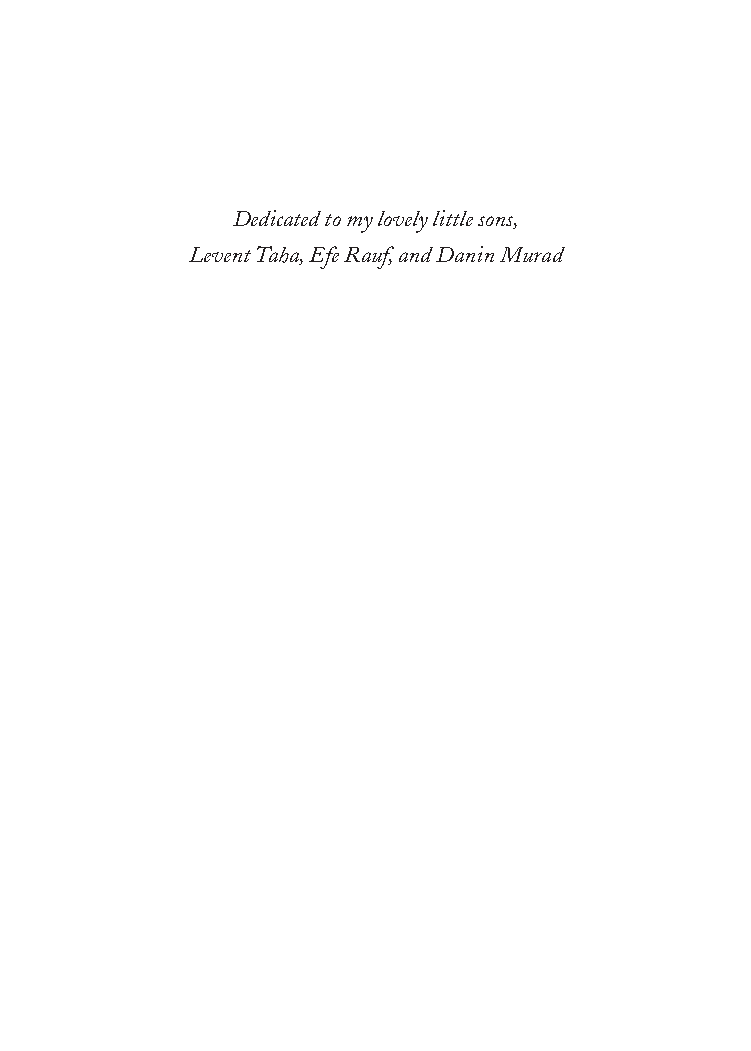
Dedicated to my lovely little sons,
 Levent Taha, Efe Rauf, and Danin Murad
 25320_Ch00_FM.indd 3                     6/25/21 4:57 AM